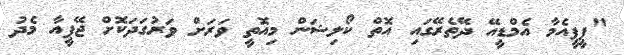
"ޕީޕީއެމާ އެމްޑީއޭ ދޭތެރޭގައި އޮތް ކޯލިޝަން މިއޮތީ ވަރަށް ވަރުގަދަކޮށް ޖޭޕީއާ މެދު